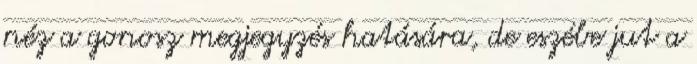
néz a gonosz megjegyzés hatására, de eszébe jut a